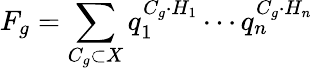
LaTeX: F_{g}=\sum_{C_{g}\subset X}q_{1}^{C_{g}\cdot H_{1}}\cdots q_{n}^{C_{g}\cdot H_{n}}